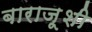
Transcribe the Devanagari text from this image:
बाराज़ूशी